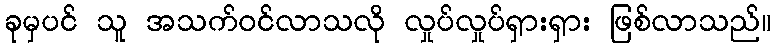
ခုမှပင် သူ အသက်ဝင်လာသလို လှုပ်လှုပ်ရှားရှား ဖြစ်လာသည်။